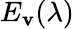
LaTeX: E_{\mathbf{v}}(\lambda)